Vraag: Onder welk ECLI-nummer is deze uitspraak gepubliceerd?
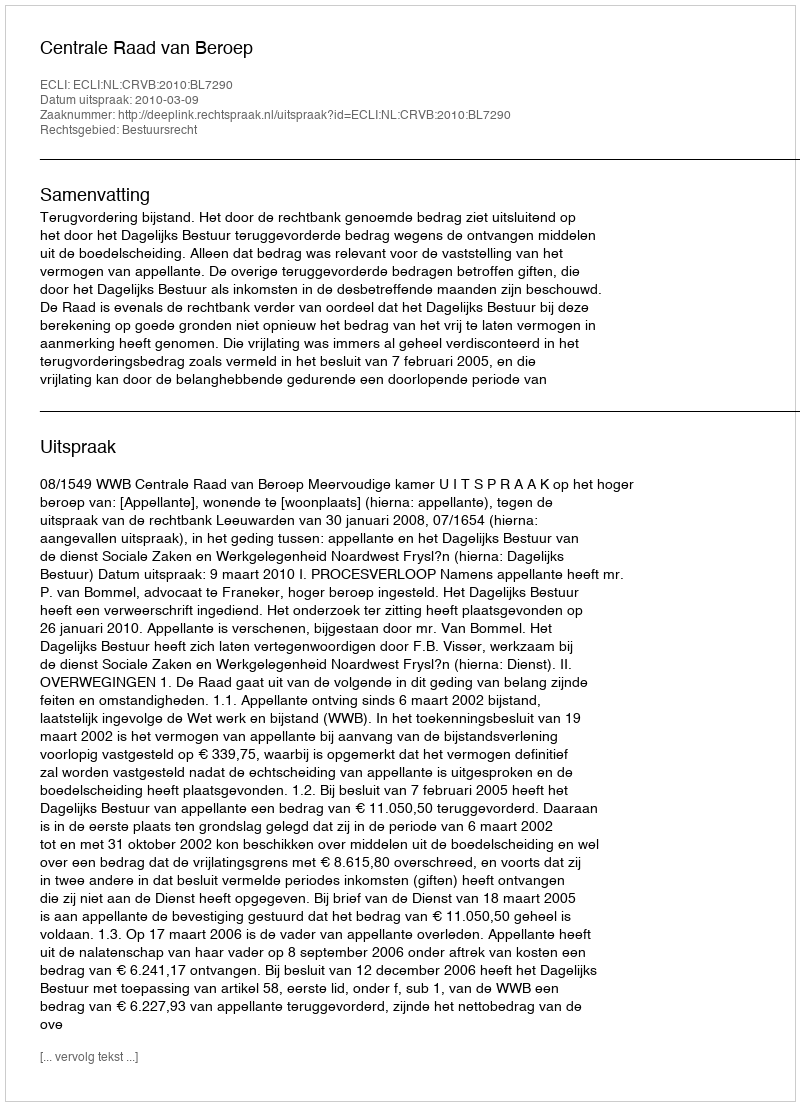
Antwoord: ECLI:NL:CRVB:2010:BL7290